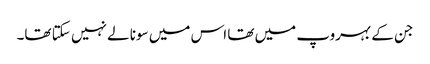
جن کے بہروپ میں تھا اس میں سونا لے نہیں سکتا تھا۔